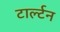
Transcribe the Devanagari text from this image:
टार्ल्टन